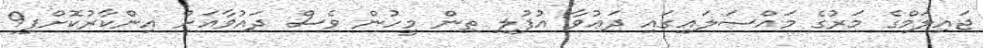
ޖައިލަމްގެ މަރުގެ މައްސަލައިގައި ދަޢުވާ އުފުލި ތިން މީހުން ވެސް ދައުވާއަށް އިންކާރުކޮށްފި9